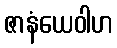
ဇာနံယေဝါဟ